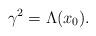
LaTeX: \begin{align*}\gamma^2=\Lambda(x_0).\end{align*}